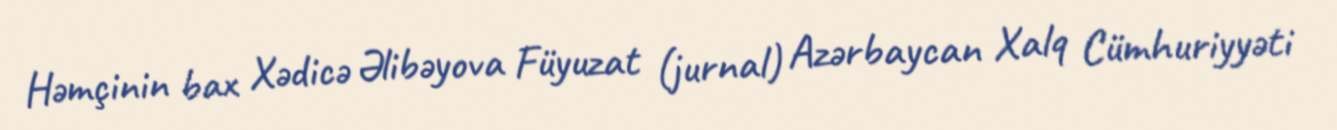
Həmçinin bax Xədicə Əlibəyova Füyuzat (jurnal) Azərbaycan Xalq Cümhuriyyəti